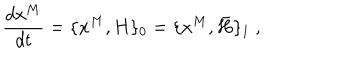
LaTeX: { \frac { d x ^ { M } } { d t } } = \{ x ^ { M } , H \} _ { 0 } = \{ x ^ { M } , \bar { H } \} _ { 1 } \ ,